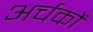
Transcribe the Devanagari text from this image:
अर्चकों